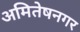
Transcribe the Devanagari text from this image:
अमितेषनगर